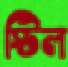
স্টিল